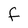
Character: f